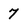
Character: 7